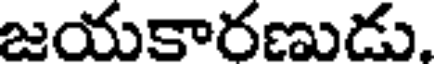
జయకారణుడు.